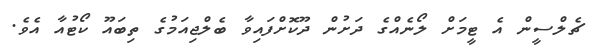
ޗެލްސީން އެ ޓީމަށް ލޯނެއްގެ ދަށުން ދޫކޮށްފައިވާ ބެލްޖިއަމުގެ ތިބައޫ ކޯޓުއާ އެވެ.